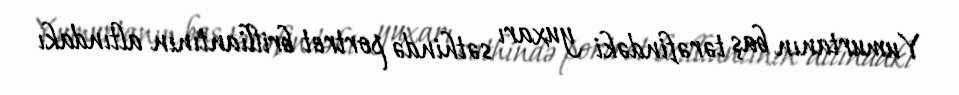
Yumurtanın baş tərəfindəki yuxarı səthində portret brilliantının altındakı